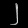
Digit: ၂